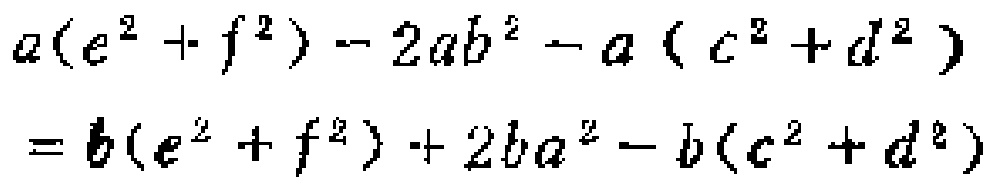
\[
\begin{align*}
a(e^{2}+f^{2}) - 2ab^{2}-a(c^{2}+d^{2})\\
= b(e^{2}+f^{2})+2ba^{2}-b(c^{2}+d^{2})
\end{align*}
\]